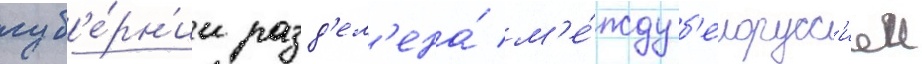
губ'е́рн'ии разд'ел'ена́ м'е́жду б'елорусс'иеи